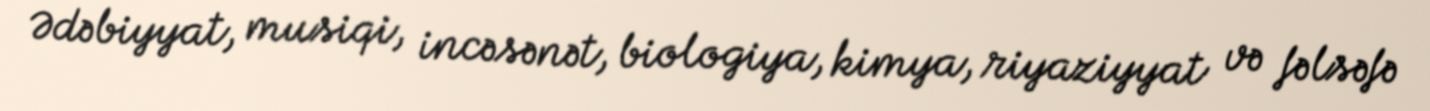
Ədəbiyyat, musiqi, incəsənət, biologiya, kimya, riyaziyyat və fəlsəfə